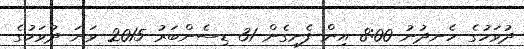
ދުވަހުގެ ހެނދުނު 8:00 އިން ފެށިގެން 31 ޑިސެންބަރު 2015 ވަނަ ދުވަހުގެ